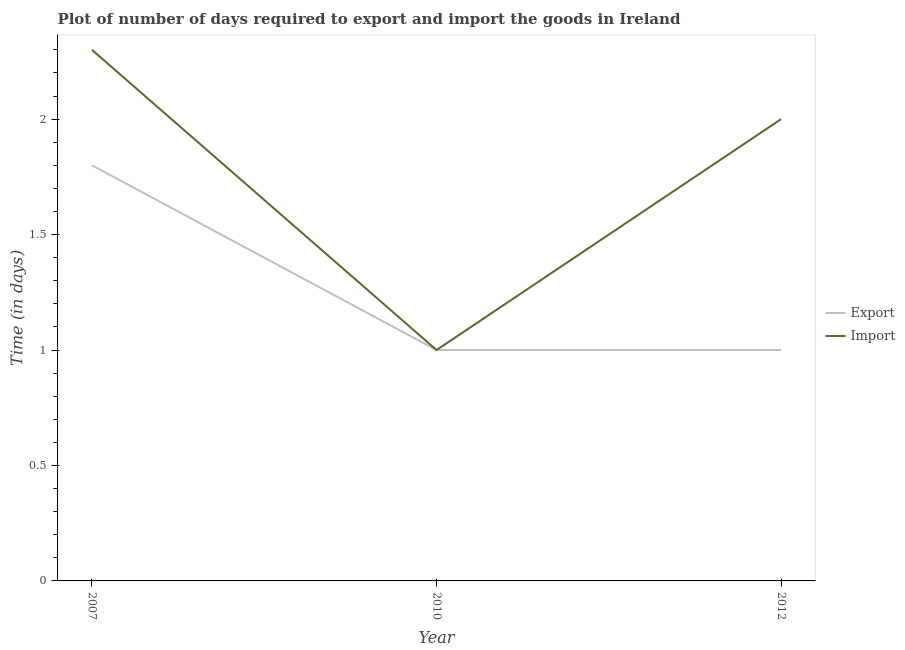
| Year | Export | Import |
 | --- | --- | --- |
 | 2007 | 1.8 | 2.3 |
 | 2010 | 1 | 1 |
 | 2012 | 1 | 2 |